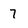
Character: 7